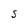
Character: S